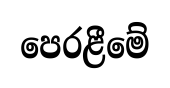
පෙරළීමේ